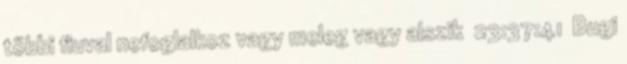
többi fiuval nefoglalkoz vagy meleg vagy alszik 23:37:41 Bugi